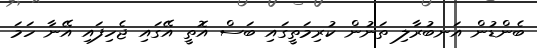
ބެންޑުން އަނބުރާލި ތަނުން ކުރިމަތީގައި ބަސް އޮތީ އޭގައި ޖެހިފައި އޭނާ ހަމަ